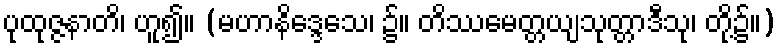
ပုထုဇ္ဇနာတိ၊ ဟူ၍။ (မဟာနိဒ္ဒေသေ၊ ၌။ တိဿမေတ္တယျသုတ္တာဒီသု၊ တို့၌။)